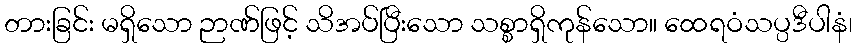
တားခြင်း မရှိသော ဉာဏ်ဖြင့် သိအပ်ပြီးသော သစ္စာရှိကုန်သော။ ထေရဝံသပ္ပဒီပါနံ၊